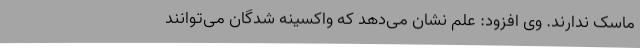
ماسک ندارند. وی افزود: علم نشان می‌دهد که واکسینه شدگان می‌توانند